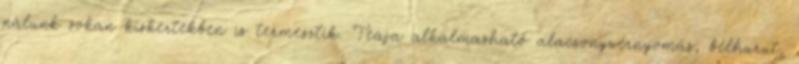
nálunk sokan kiskertekben is termesztik. Teája alkalmazható alacsonyvérnyomás, bélhurut,